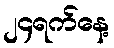
၂၄ရက်နေ့